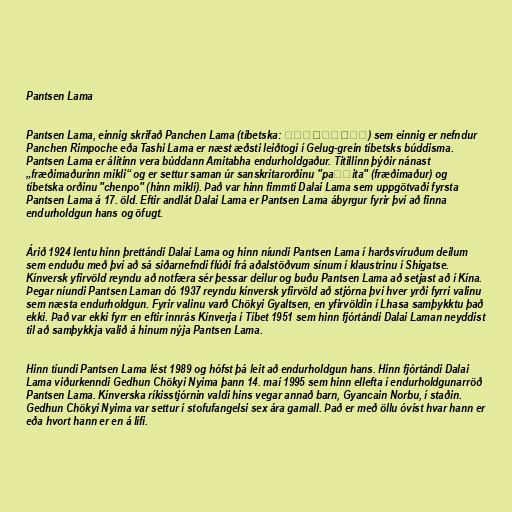
Pantsen Lama

Pantsen Lama, einnig skrifað Panchen Lama (tíbetska: པན་ཆེན་བླ་མ) sem einnig er nefndur
Panchen Rimpoche eða Tashi Lama er næst æðsti leiðtogi í Gelug-grein tíbetsks búddisma.
Pantsen Lama er álitinn vera búddann Amitabha endurholdgaður. Titillinn þýðir nánast
„fræðimaðurinn mikli“ og er settur saman úr sanskrítarorðinu "paṇḍita" (fræðimaður) og
tíbetska orðinu "chenpo" (hinn mikli). Það var hinn fimmti Dalai Lama sem uppgötvaði fyrsta
Pantsen Lama á 17. öld. Eftir andlát Dalai Lama er Pantsen Lama ábyrgur fyrir því að finna
endurholdgun hans og öfugt.

Árið 1924 lentu hinn þrettándi Dalai Lama og hinn níundi Pantsen Lama í harðsvíruðum deilum
sem enduðu með því að sá síðarnefndi flúði frá aðalstöðvum sínum í klaustrinu í Shigatse.
Kínversk yfirvöld reyndu að notfæra sér þessar deilur og buðu Pantsen Lama að setjast að í Kína.
Þegar níundi Pantsen Laman dó 1937 reyndu kínversk yfirvöld að stjórna því hver yrði fyrri valinu
sem næsta endurholdgun. Fyrir valinu varð Chökyi Gyaltsen, en yfirvöldin í Lhasa samþykktu það
ekki. Það var ekki fyrr en eftir innrás Kínverja í Tíbet 1951 sem hinn fjórtándi Dalai Laman neyddist
til að samþykkja valið á hinum nýja Pantsen Lama.

Hinn tíundi Pantsen Lama lést 1989 og hófst þá leit að endurholdgun hans. Hinn fjórtándi Dalai
Lama viðurkenndi Gedhun Chökyi Nyima þann 14. maí 1995 sem hinn ellefta í endurholdgunarröð
Pantsen Lama. Kínverska ríkisstjórnin valdi hins vegar annað barn, Gyancain Norbu, í staðin.
Gedhun Chökyi Nyima var settur í stofufangelsi sex ára gamall. Það er með öllu óvíst hvar hann er
eða hvort hann er en á lífi.